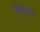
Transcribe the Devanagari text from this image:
मिन्वा